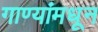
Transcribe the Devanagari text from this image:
गाण्यांमधून